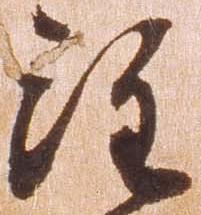
注